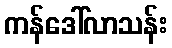
ကန်ဒေါ်လာသန်း